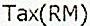
TAX(RM)